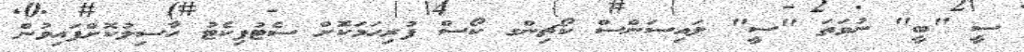
ސީ "ބީ" ނުވަތަ "ސީ" ލައިސަންސް ކޯޗިންގ ކޯސް ފުރިހަމަކޮށް ސެޓުފިކެޓު ހާސިލުކޮށްފައިވުން